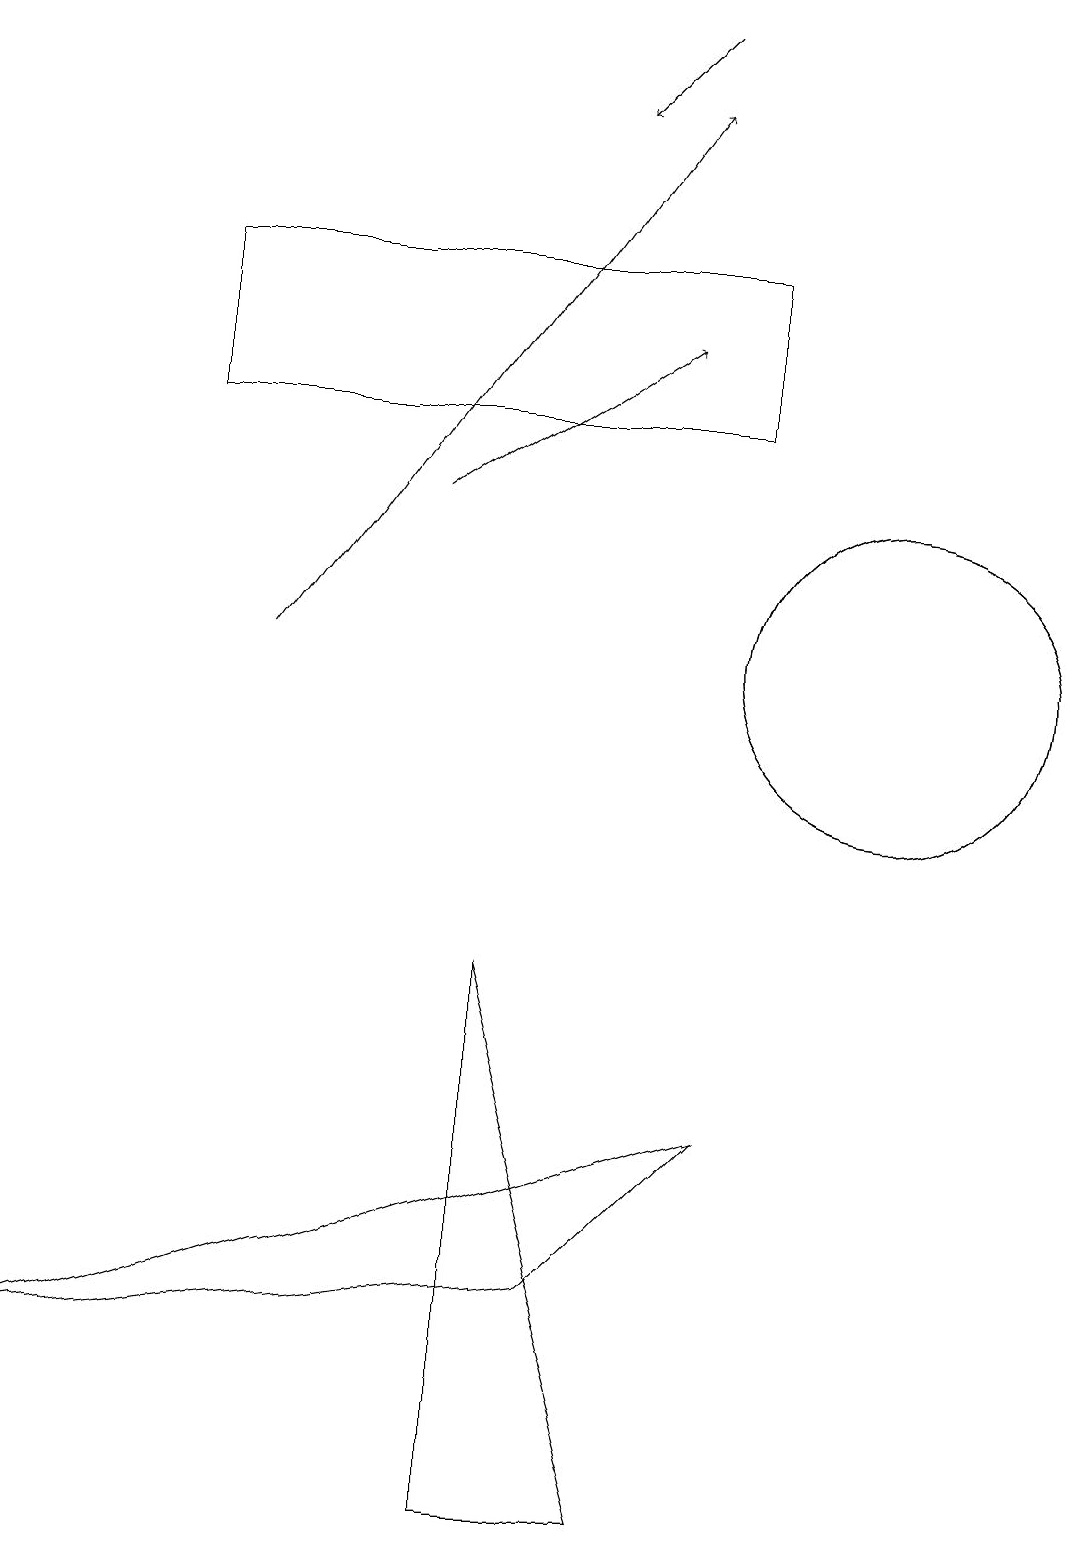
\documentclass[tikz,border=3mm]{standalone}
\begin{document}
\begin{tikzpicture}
\draw (2,14) rectangle (9,16);
\draw (11,11) circle (2);
\draw[->] (8,19) -- (7,18);
\draw (0,2) -- (7,3) -- (9,5) -- cycle;
\draw[->] (3,11) -- (8,18);
\draw (8,0) -- (6,7) -- (6,0) -- cycle;
\draw[->] (5,13) -- (8,15);
\draw (11,11) circle (2);
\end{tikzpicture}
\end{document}